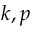
k , p